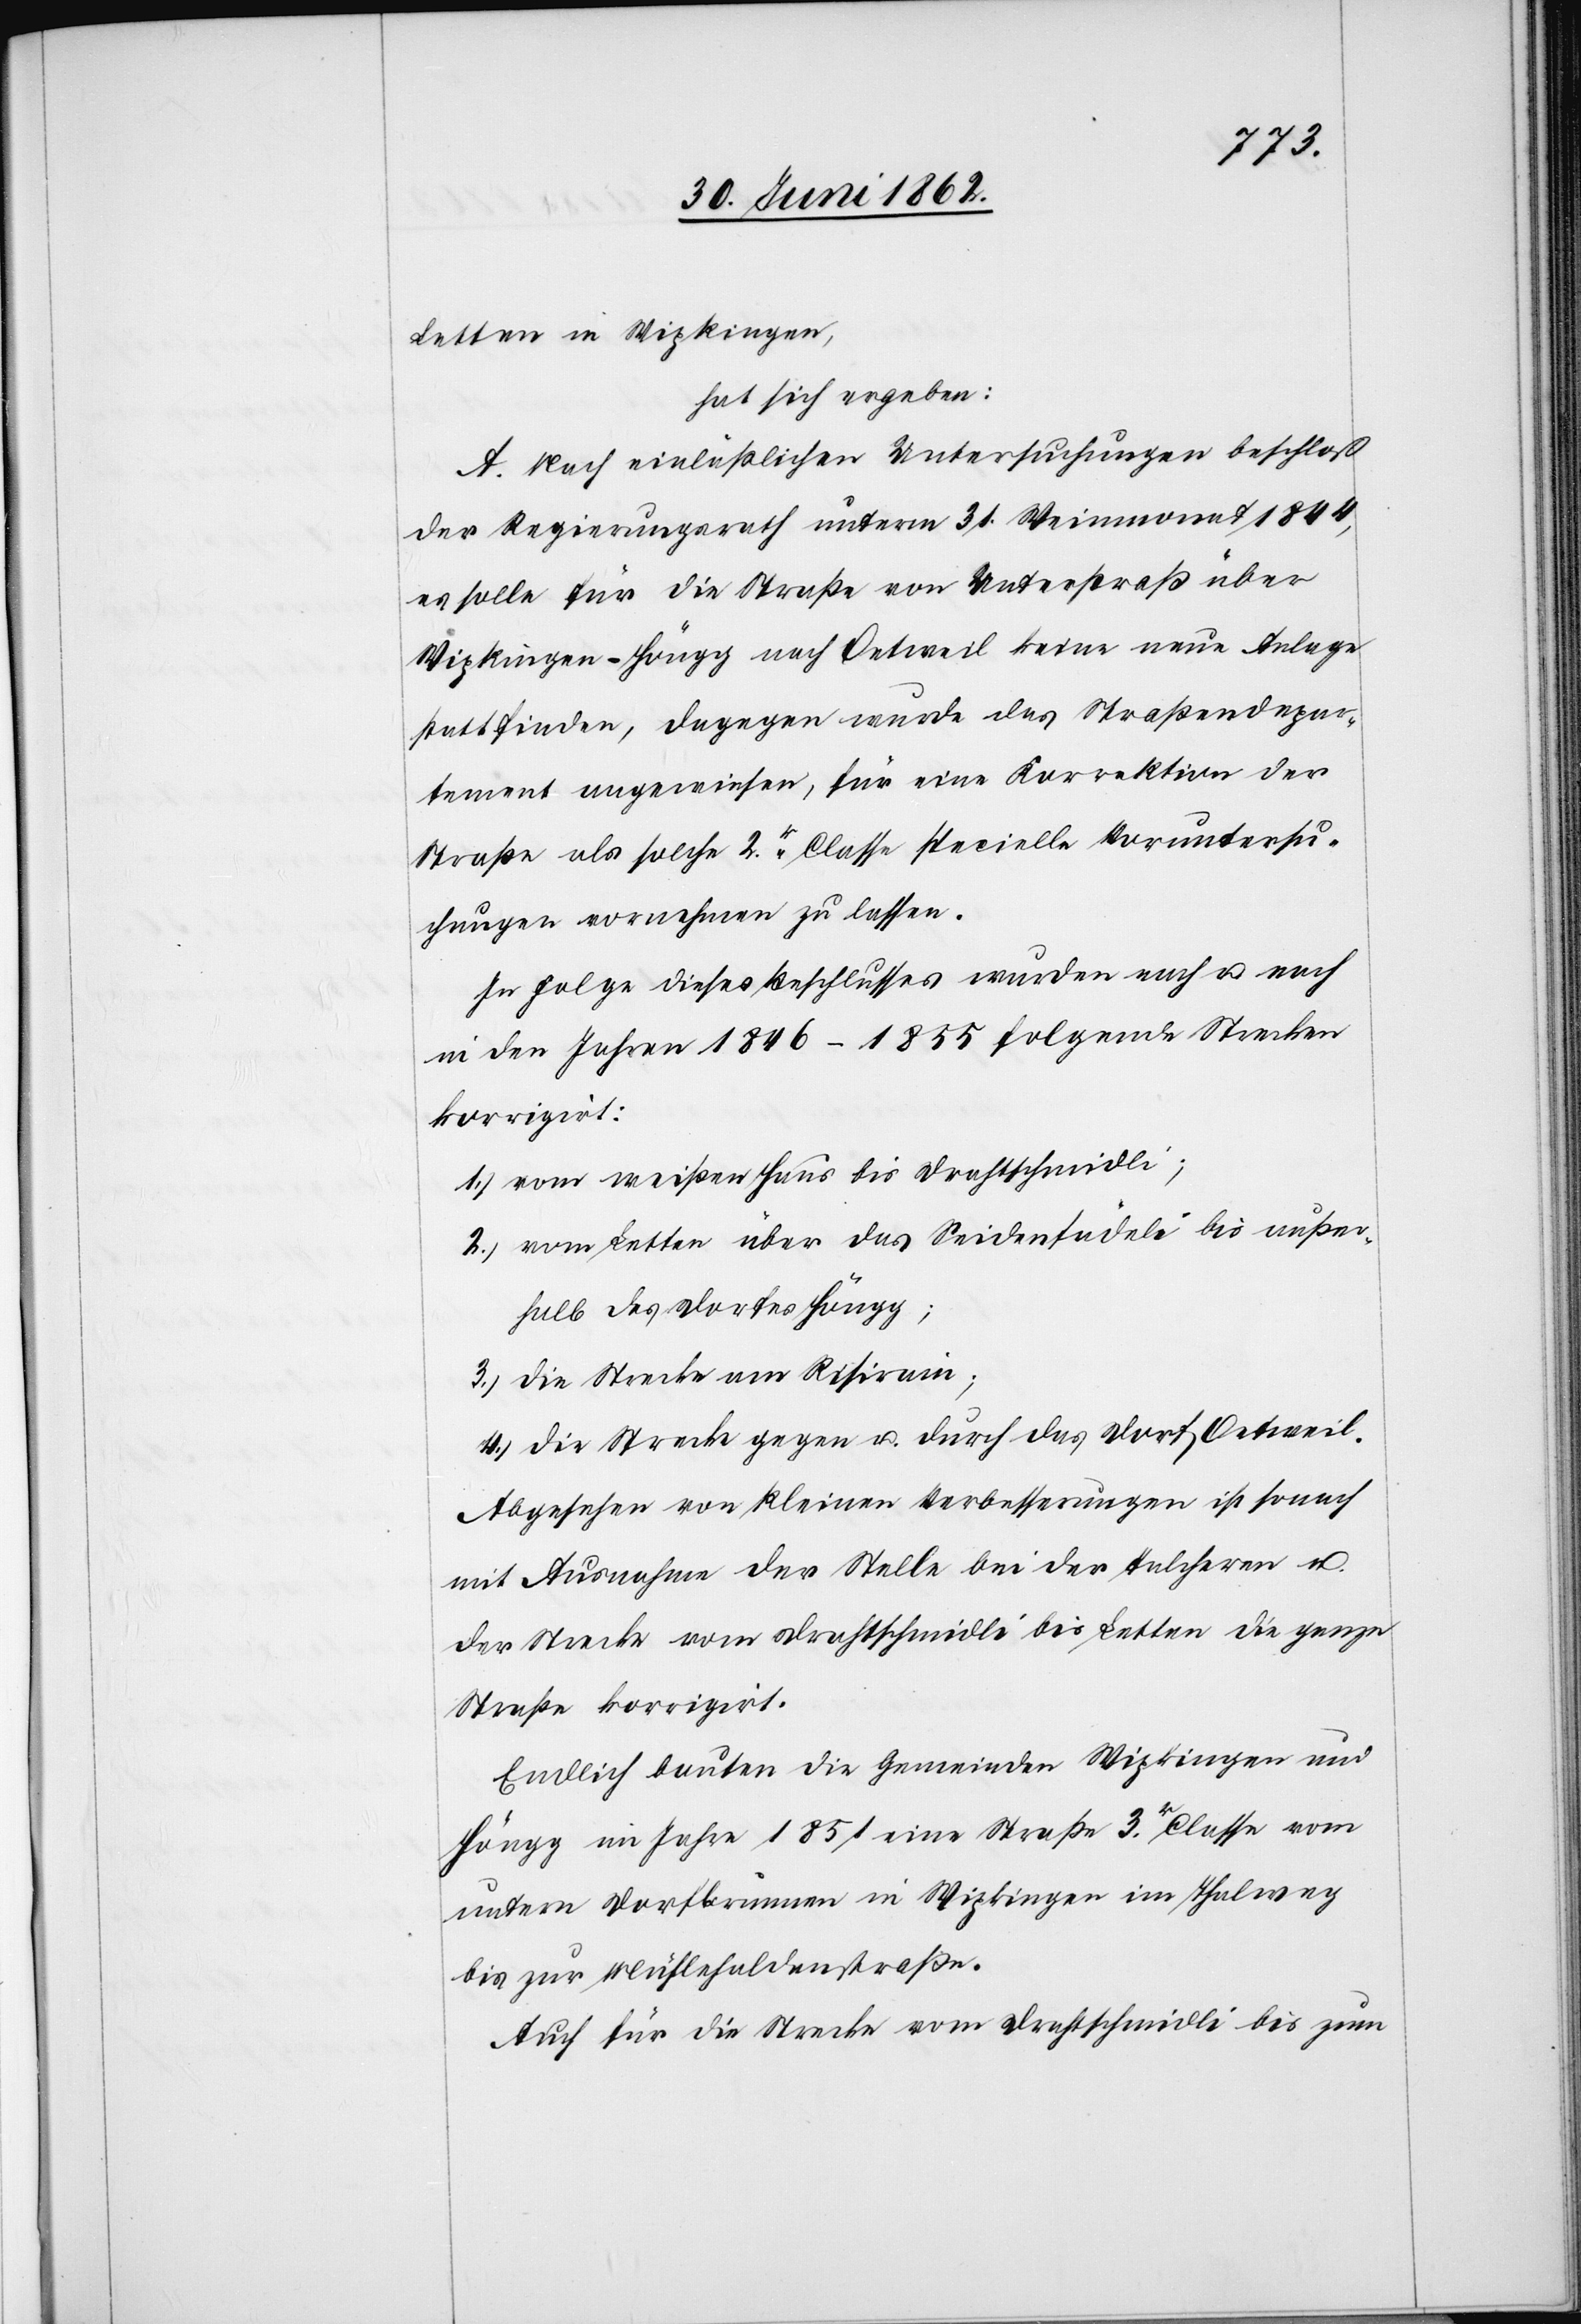
Letten in Wipkingen,
hat sich ergeben:
A. Nach einläßlichen Untersuchungen beschloß
der Regierungsrath unterm 31. Weinmonat 1844,
es solle für die Straße von Unterstraß über
Wipkingen-Höngg nach Oetweil keine neue Anlage
stattfinden, dagegen wurde das Straßendepar¬
tement angewiesen, für eine Korrektion der
Straße als solche 2r Classe specielle Voruntersu¬
chungen vornehmen zu lassen.
In Folge dieses Beschlusses wurden nach u. nach
in den Jahren 1846–1855 folgende Strecken
korrigirt:
1) vom weißen Haus bis Drathschmidli;
2) vom Letten über das Seidenfädeli bis außer¬
halb des Dorfes Höngg;
3) die Strecke am Risirain;
4) die Strecke gegen u. durch das Dorf Oetweil.
Abgesehen von kleinen Verbesserungen ist sonach
mit Ausnahme der Stelle bei der Talcheren u.
der Strecke vom Drathschmidli bis Letten die ganze
Straße korrigirt.
Endlich bauten die Gemeinden Wipkingen und
Höngg im Jahre 1851 eine Straße 3r Classe vom
untern Dorfbrunnen in Wipkingen im Thalweg
bis zur Mühlehaldenstraße.
Auch für die Strecke vom Drathschmidli bis zum